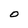
Character: 0